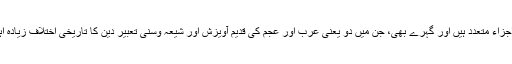
اس تشخص کے اجزاء متعدد ہیں اور گہرے بھی، جن میں دو یعنی عرب اور عجم کی قدیم آویزش اور شیعہ وسنی تعبیر دین کا تاریخی اختلاف زیادہ اہم اور بنیادی ہیں۔